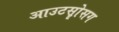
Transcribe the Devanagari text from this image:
आउटसोॄसग